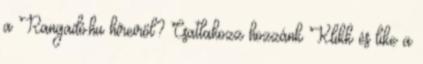
a Rangadó.hu híreiről? Csatlakozz hozzánk Klikk és like a